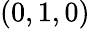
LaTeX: (0,1,0)